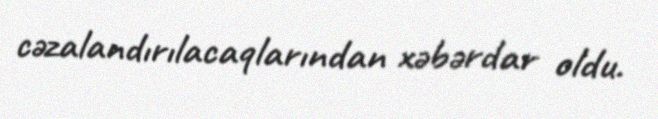
cəzalandırılacaqlarından xəbərdar oldu.